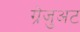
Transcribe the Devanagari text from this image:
ग्रेजुअट